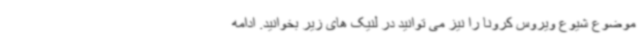
موضوع شیوع ویروس کرونا را نیز می توانید در لنیک های زیر بخوانید. ادامه